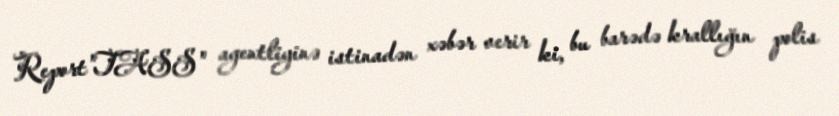
Report"TASS" agentliyinə istinadən xəbər verir ki, bu barədə krallığın polis